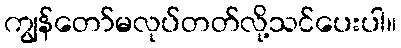
ကျွန်တော်မလုပ်တတ်လို့သင်ပေးပါ။